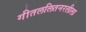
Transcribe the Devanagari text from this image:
गीतललितनरलीला